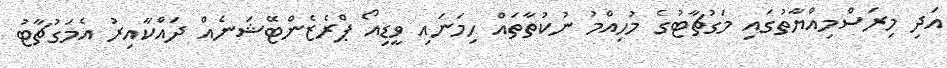
އަދި މިރަސްމިއްޔާތުގައި މަގުޗާޓުގެ މުހިއްމު ނުކުތާތައް ހިމަނައި ވީޑިއޯ ޕްރެޒެންޓޭޝަނެއް ދައްކާއިރު އެމަގުޗާޓު